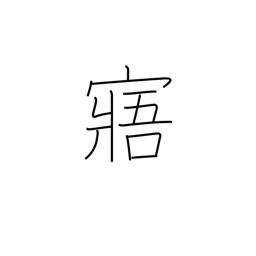
Meaning: understand